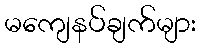
မကျေနပ်ချက်များ